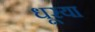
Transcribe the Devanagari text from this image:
धूरया